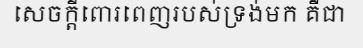
សេចក្តីពោរពេញរបស់ទ្រង់មក គឺជា